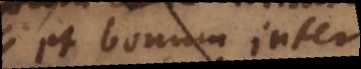
et bonum inter